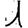
Digit: 1